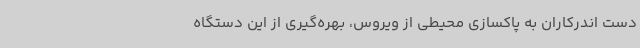
دست اندرکاران به پاکسازی محیطی از ویروس، بهره‌گیری از این دستگاه